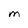
Character: M